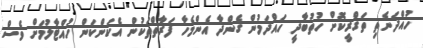
ހުއްދަނެތި ތަގްރީކޮށް ހުތުބާދީ ހައްދަމުން ގެންދާ އެންމެހާ ފަރާތްތަކުން އެކަންކަން ހުއްޓާލުމަށް ވެސް